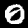
Label: 0